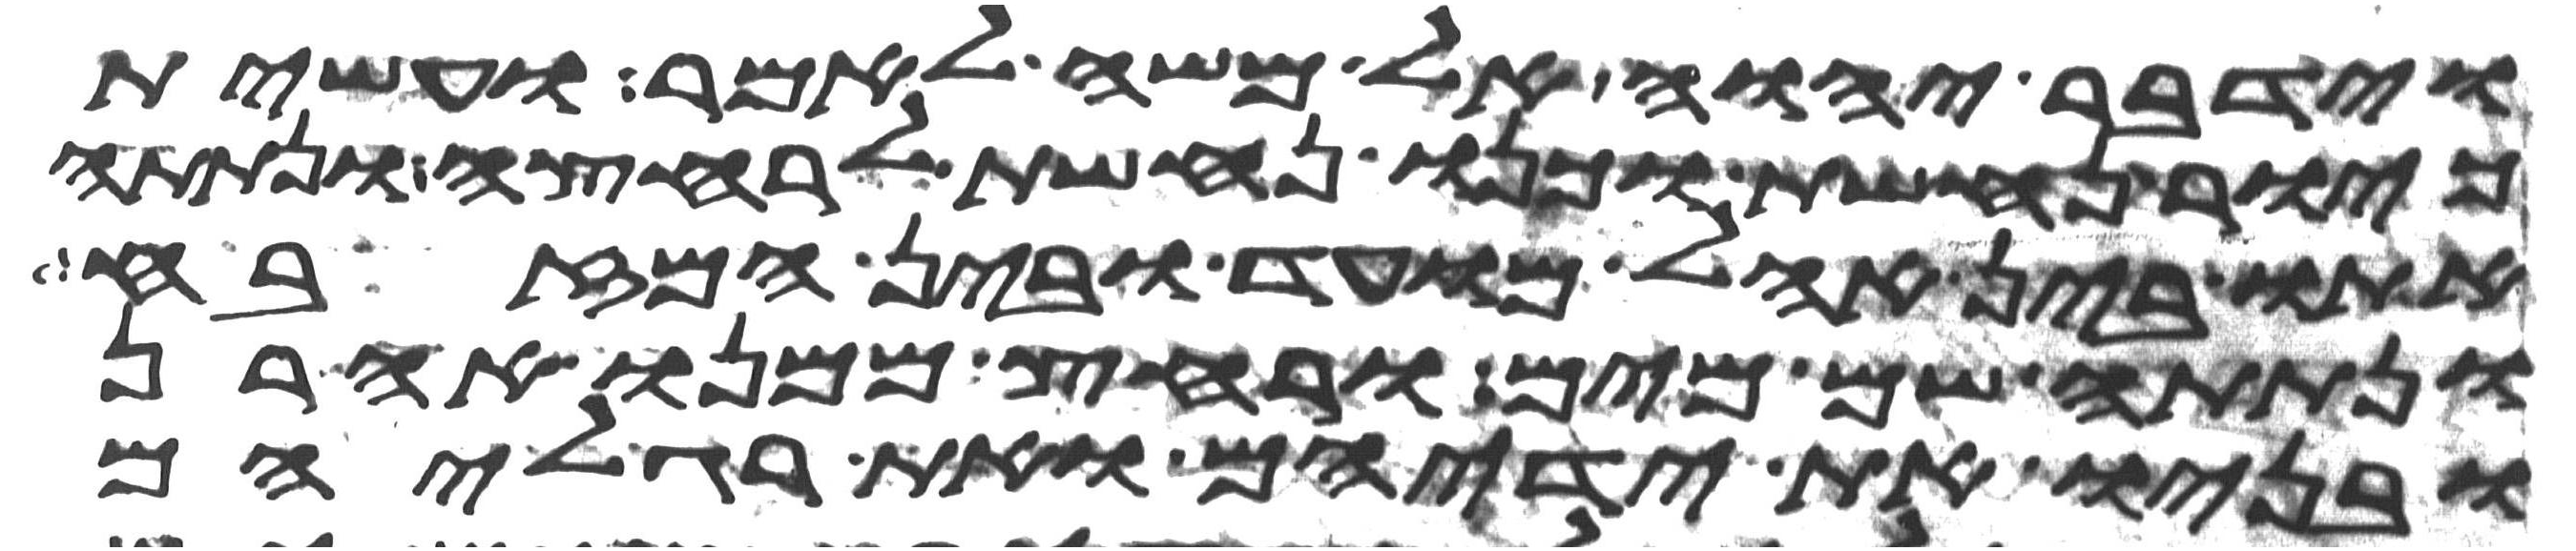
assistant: וידבר יהוה אל משה לאמר ועשית
כיור נחשת וכנו נחשת לרחצה ונתתה
אתו בין אהל מועד ובין המזבח
ונתתה שם מים ורחץ ממנו אהרן
ובניו את ידיהם ואת רגליהם